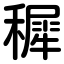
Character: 穉